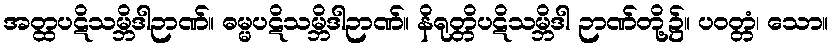
အတ္ထပဋိသမ္ဘိဒါဉာဏ်။ ဓမ္မပဋိသမ္ဘိဒါဉာဏ်။ နိရုတ္တိပဋိသမ္ဘိဒါ ဉာဏ်တို့၌။ ပဝတ္တံ၊ သော။